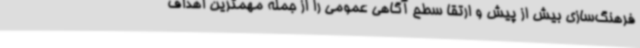
فرهنگ‌سازی بیش از پیش و ارتقا سطح آگاهی عمومی را از جمله مهمترین اهداف